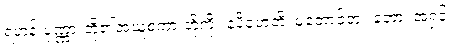
ရဟန်းပုဏ္ဏားတို့၏အယူစကားတို့ကို။ နပိဟေတိ၊ မတောင့်တ။ ဘော၊ အရှင်။